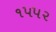
૧૫૫૨